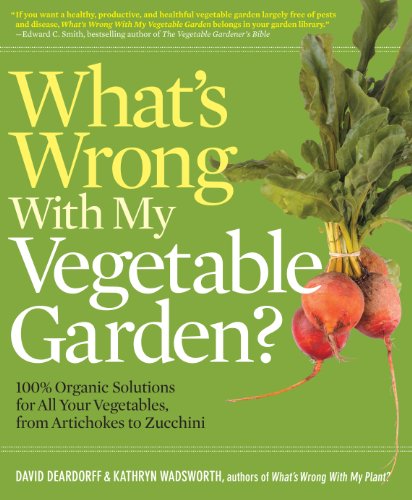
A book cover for What's Wrong With My Vegetable Garden?: 100% Organic Solutions for All Your Vegetables, from Artichokes to Zucchini; David Deardorff; Crafts, Hobbies & Home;